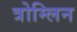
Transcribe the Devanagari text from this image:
त्रोम्लिन